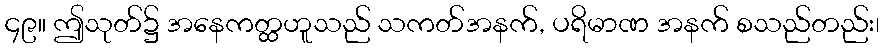
၄၉။ ဤသုတ်၌ အနေကတ္ထဟူသည် သကတ်အနက်, ပရိမာဏ အနက် စသည်တည်း၊